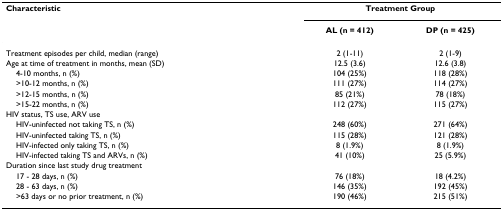
<table><thead><tr><td><b>Characteristic</b></td><td colspan="2"><b>Treatment Group</b></td></tr><tr><td></td><td><b>AL (n = 412)</b></td><td><b>DP (n = 425)</b></td></tr></thead><tbody><tr><td>Treatment episodes per child, median (range)</td><td>2 (1-11)</td><td>2 (1-9)</td></tr><tr><td>Age at time of treatment in months, mean (SD)</td><td>12.5 (3.6)</td><td>12.6 (3.8)</td></tr><tr><td> 4-10 months, n (%)</td><td>104 (25%)</td><td>118 (28%)</td></tr><tr><td> &gt;10-12 months, n (%)</td><td>111 (27%)</td><td>114 (27%)</td></tr><tr><td> &gt;12-15 months, n (%)</td><td>85 (21%)</td><td>78 (18%)</td></tr><tr><td> &gt;15-22 months, n (%)</td><td>112 (27%)</td><td>115 (27%)</td></tr><tr><td>HIV status, TS use, ARV use</td><td></td><td></td></tr><tr><td> HIV-uninfected not taking TS, n (%)</td><td>248 (60%)</td><td>271 (64%)</td></tr><tr><td> HIV-uninfected taking TS, n (%)</td><td>115 (28%)</td><td>121 (28%)</td></tr><tr><td> HIV-infected only taking TS, n (%)</td><td>8 (1.9%)</td><td>8 (1.9%)</td></tr><tr><td> HIV-infected taking TS and ARVs, n (%)</td><td>41 (10%)</td><td>25 (5.9%)</td></tr><tr><td>Duration since last study drug treatment</td><td></td><td></td></tr><tr><td> 17 - 28 days, n (%)</td><td>76 (18%)</td><td>18 (4.2%)</td></tr><tr><td> 28 - 63 days, n (%)</td><td>146 (35%)</td><td>192 (45%)</td></tr><tr><td> &gt;63 days or no prior treatment, n (%)</td><td>190 (46%)</td><td>215 (51%)</td></tr></tbody></table>